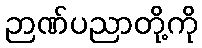
ဉာဏ်ပညာတို့ကို